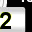
Digit: 2